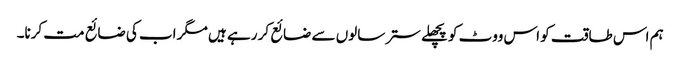
ہم اس طاقت کو اس ووٹ کو پچھلے ستر سالوں سے ضائع کر رہے ہیں مگر اب کی ضائع مت کرنا۔